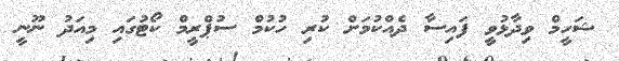
ޝަހީމް ވިދާޅުވީ ފައިސާ ދެއްކުމަށް ކުރި ހުކުމް ސުޕްރީމް ކޯޓުގައި މިއަދު ނޫނީ